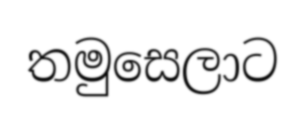
තමුසෙලාට